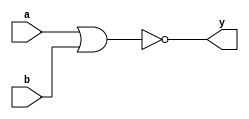
module nor_gate_always (
       input a,
       input b,
       output reg y
   );
       always @(*) begin
           y = ~ ( a | b );
       end
endmodule